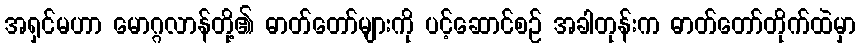
အရှင်မဟာ မောဂ္ဂလာန်တို့၏ ဓာတ်တော်များကို ပင့်ဆောင်စဉ် အခါတုန်းက ဓာတ်တော်တိုက်ထဲမှာ